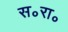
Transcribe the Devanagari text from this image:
स॰रा॰